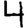
Digit: 4